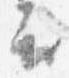
云